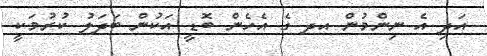
އަދި އެ ނިންމުން އދ ގެ އެހެން ބޮޑީ އަކުން ބަދަލު ކުރުމަކީ